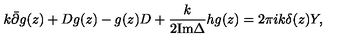
k \bar { \partial } g ( z ) + D g ( z ) - g ( z ) D + \frac { k } { 2 { \mathrm { I m } } \Delta } h g ( z ) = 2 \pi i k \delta ( z ) Y ,